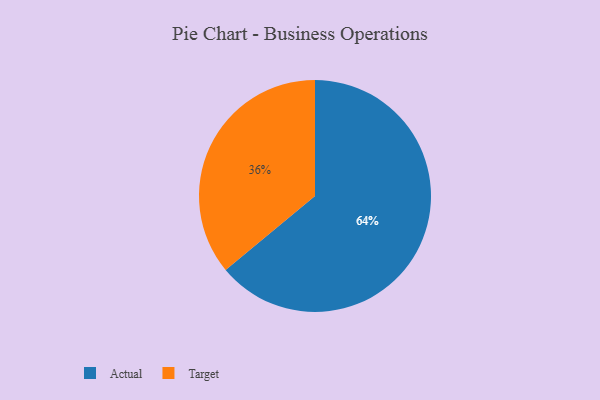
{"axis": {"x": "Category", "y": "Percentage"}, "legend": ["Actual", "Target"], "data": [{"x": "Target", "y": 36, "type": "Target"}, {"x": "Actual", "y": 64, "type": "Actual"}]}